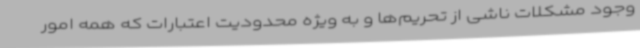
وجود مشکلات ناشی از تحریم‌ها و به ویژه محدودیت اعتبارات که همه امور